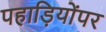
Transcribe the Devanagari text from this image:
पहाड़ियोंपर